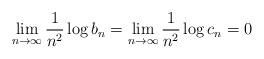
LaTeX: \begin{align*}\lim_{n \to \infty} \frac{1}{n^2}\log b_n = \lim_{n \to \infty} \frac{1}{n^2} \log c_n = 0 \end{align*}